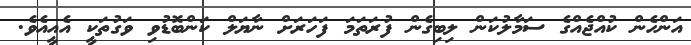
އަންހެން ކުއްޖެއްގެ ސަމާލުކަން ލިބިގެން ފުރަތަމަ ފަހަރަށް ނާޔަލް ކަންބޮޑުވި ވަގުތަކީ އެއީއެވެ.